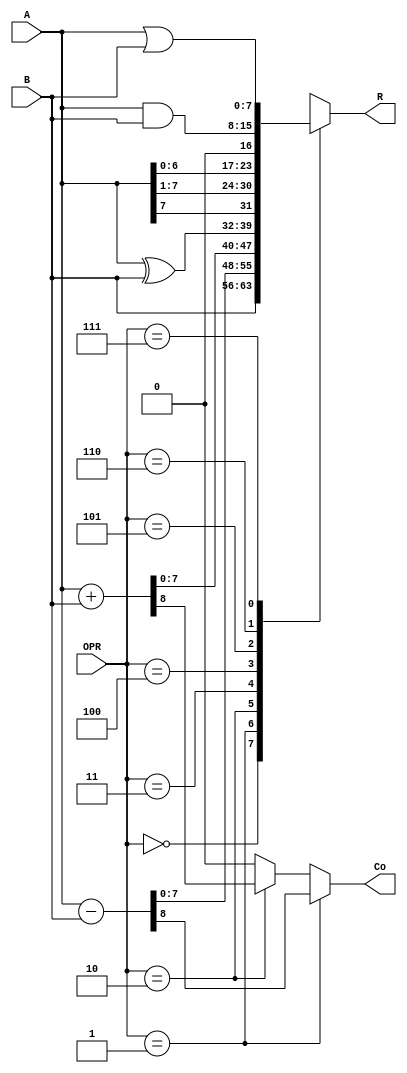
module alu ( A, B, OPR, R, Co );
input  [7:0] A, B;
input  [2:0] OPR;
output [7:0] R;
output Co;

// INSIRA AQUI O SEU MODELO DA ALU

reg [7:0] R;

wire [7:0] ROPR0, ROPR1, ROPR2, ROPR3, ROPR4, ROPR5, ROPR6, ROPR7;
wire CoS, CoA;

assign ROPR0=B;
assign {CoS, ROPR1}=A-B;
assign {CoA, ROPR2}=A+B;
assign ROPR3=A^B;
assign ROPR4={A[7], A[7:1]};
assign ROPR5=A<<1;
assign ROPR6=A&B;
assign ROPR7=A|B;

assign Co=(OPR==3'b001) ? CoS : (OPR==2'b010) ? CoA : 1'b0;   // CARRY
					 
always @*
  case (OPR)
    3'b000: R=ROPR0;
    3'b001: R=ROPR1;
    3'b010: R=ROPR2;
    3'b011: R=ROPR3;
    3'b100: R=ROPR4;
    3'b101: R=ROPR5;
    3'b110: R=ROPR6;
    3'b111: R=ROPR7;
  endcase  

endmodule